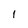
Character: I